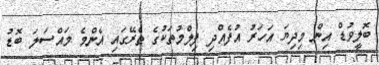
ބޮލީވުޑް އިން މިދިޔަ އަހަރު އުފެއްދި ފިލްމުތަކުގެ ތެރޭގައި އެންމެ މައްސަލަ ބޮޑު